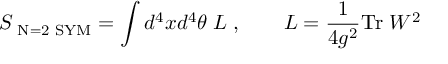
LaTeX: S _ { \mathrm { \scriptsize ~ N = 2 ~ S Y M } } = \int d ^ { 4 } x d ^ { 4 } \theta \; { \cal L } \; , \qquad { \cal L } = \frac { 1 } { 4 g ^ { 2 } } \mathrm { T r } \; W ^ { 2 }